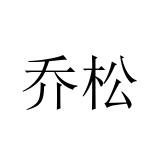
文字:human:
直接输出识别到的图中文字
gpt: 乔松